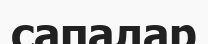
сапалар